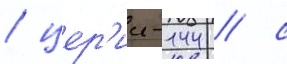
/ цер'ии-144 / с